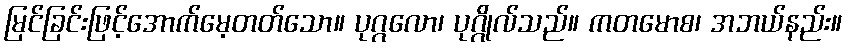
မြင်ခြင်းဖြင့်အောက်မေ့တတ်သော။ ပုဂ္ဂလော၊ ပုဂ္ဂိုလ်သည်။ ကတမောစ၊ အဘယ်နည်း။